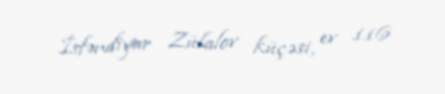
İsfəndiyar Zülalov küçəsi, ev 116